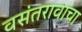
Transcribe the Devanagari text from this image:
वसंतरावांचा